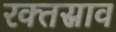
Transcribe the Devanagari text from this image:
रक्‍तस्राव